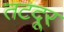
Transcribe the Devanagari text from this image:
तटदूर